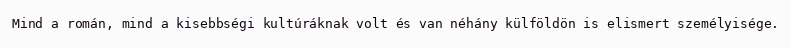
Mind a román, mind a kisebbségi kultúráknak volt és van néhány külföldön is elismert személyisége.